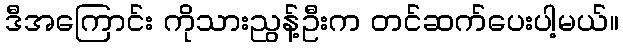
ဒီအကြောင်း ကိုသားညွန့်ဦးက တင်ဆက်ပေးပါ့မယ်။